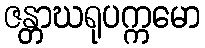
ဇန္တာဃရုပက္ကမော